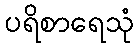
ပရိစာရေသုံ